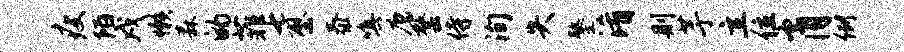
瘦陌戍懒森的菲七壁泰嗔磨罄侍洵失鏊淆则芋立位肖例